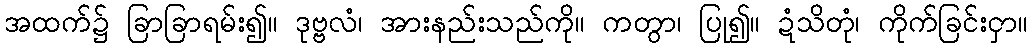
အထက်၌ ခြာခြာရမ်း၍။ ဒုဗ္ဗလံ၊ အားနည်းသည်ကို။ ကတွာ၊ ပြု၍။ ဍံသိတုံ၊ ကိုက်ခြင်းငှာ။